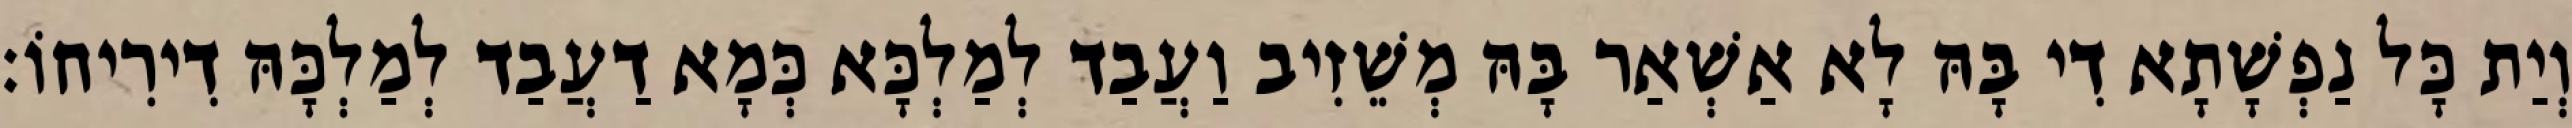
וְיַת כָּל נַפְשָׁתָא דִי בָּהּ לָא אַשְׁאַר בָּהּ מְשֵׁזִיב וַעֲבַד לְמַלְכָּא כְּמָא דַעֲבַד לְמַלְכָּהּ דִירִיחוֹ׃